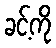
ခင့်ကို